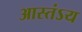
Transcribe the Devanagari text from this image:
आस्तंऽय